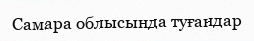
Самара облысында туғандар